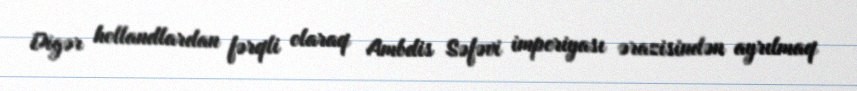
Digər hollandlardan fərqli olaraq Ambdis Səfəvi imperiyası ərazisindən ayrılmaq